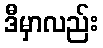
ဒီမှာလည်း